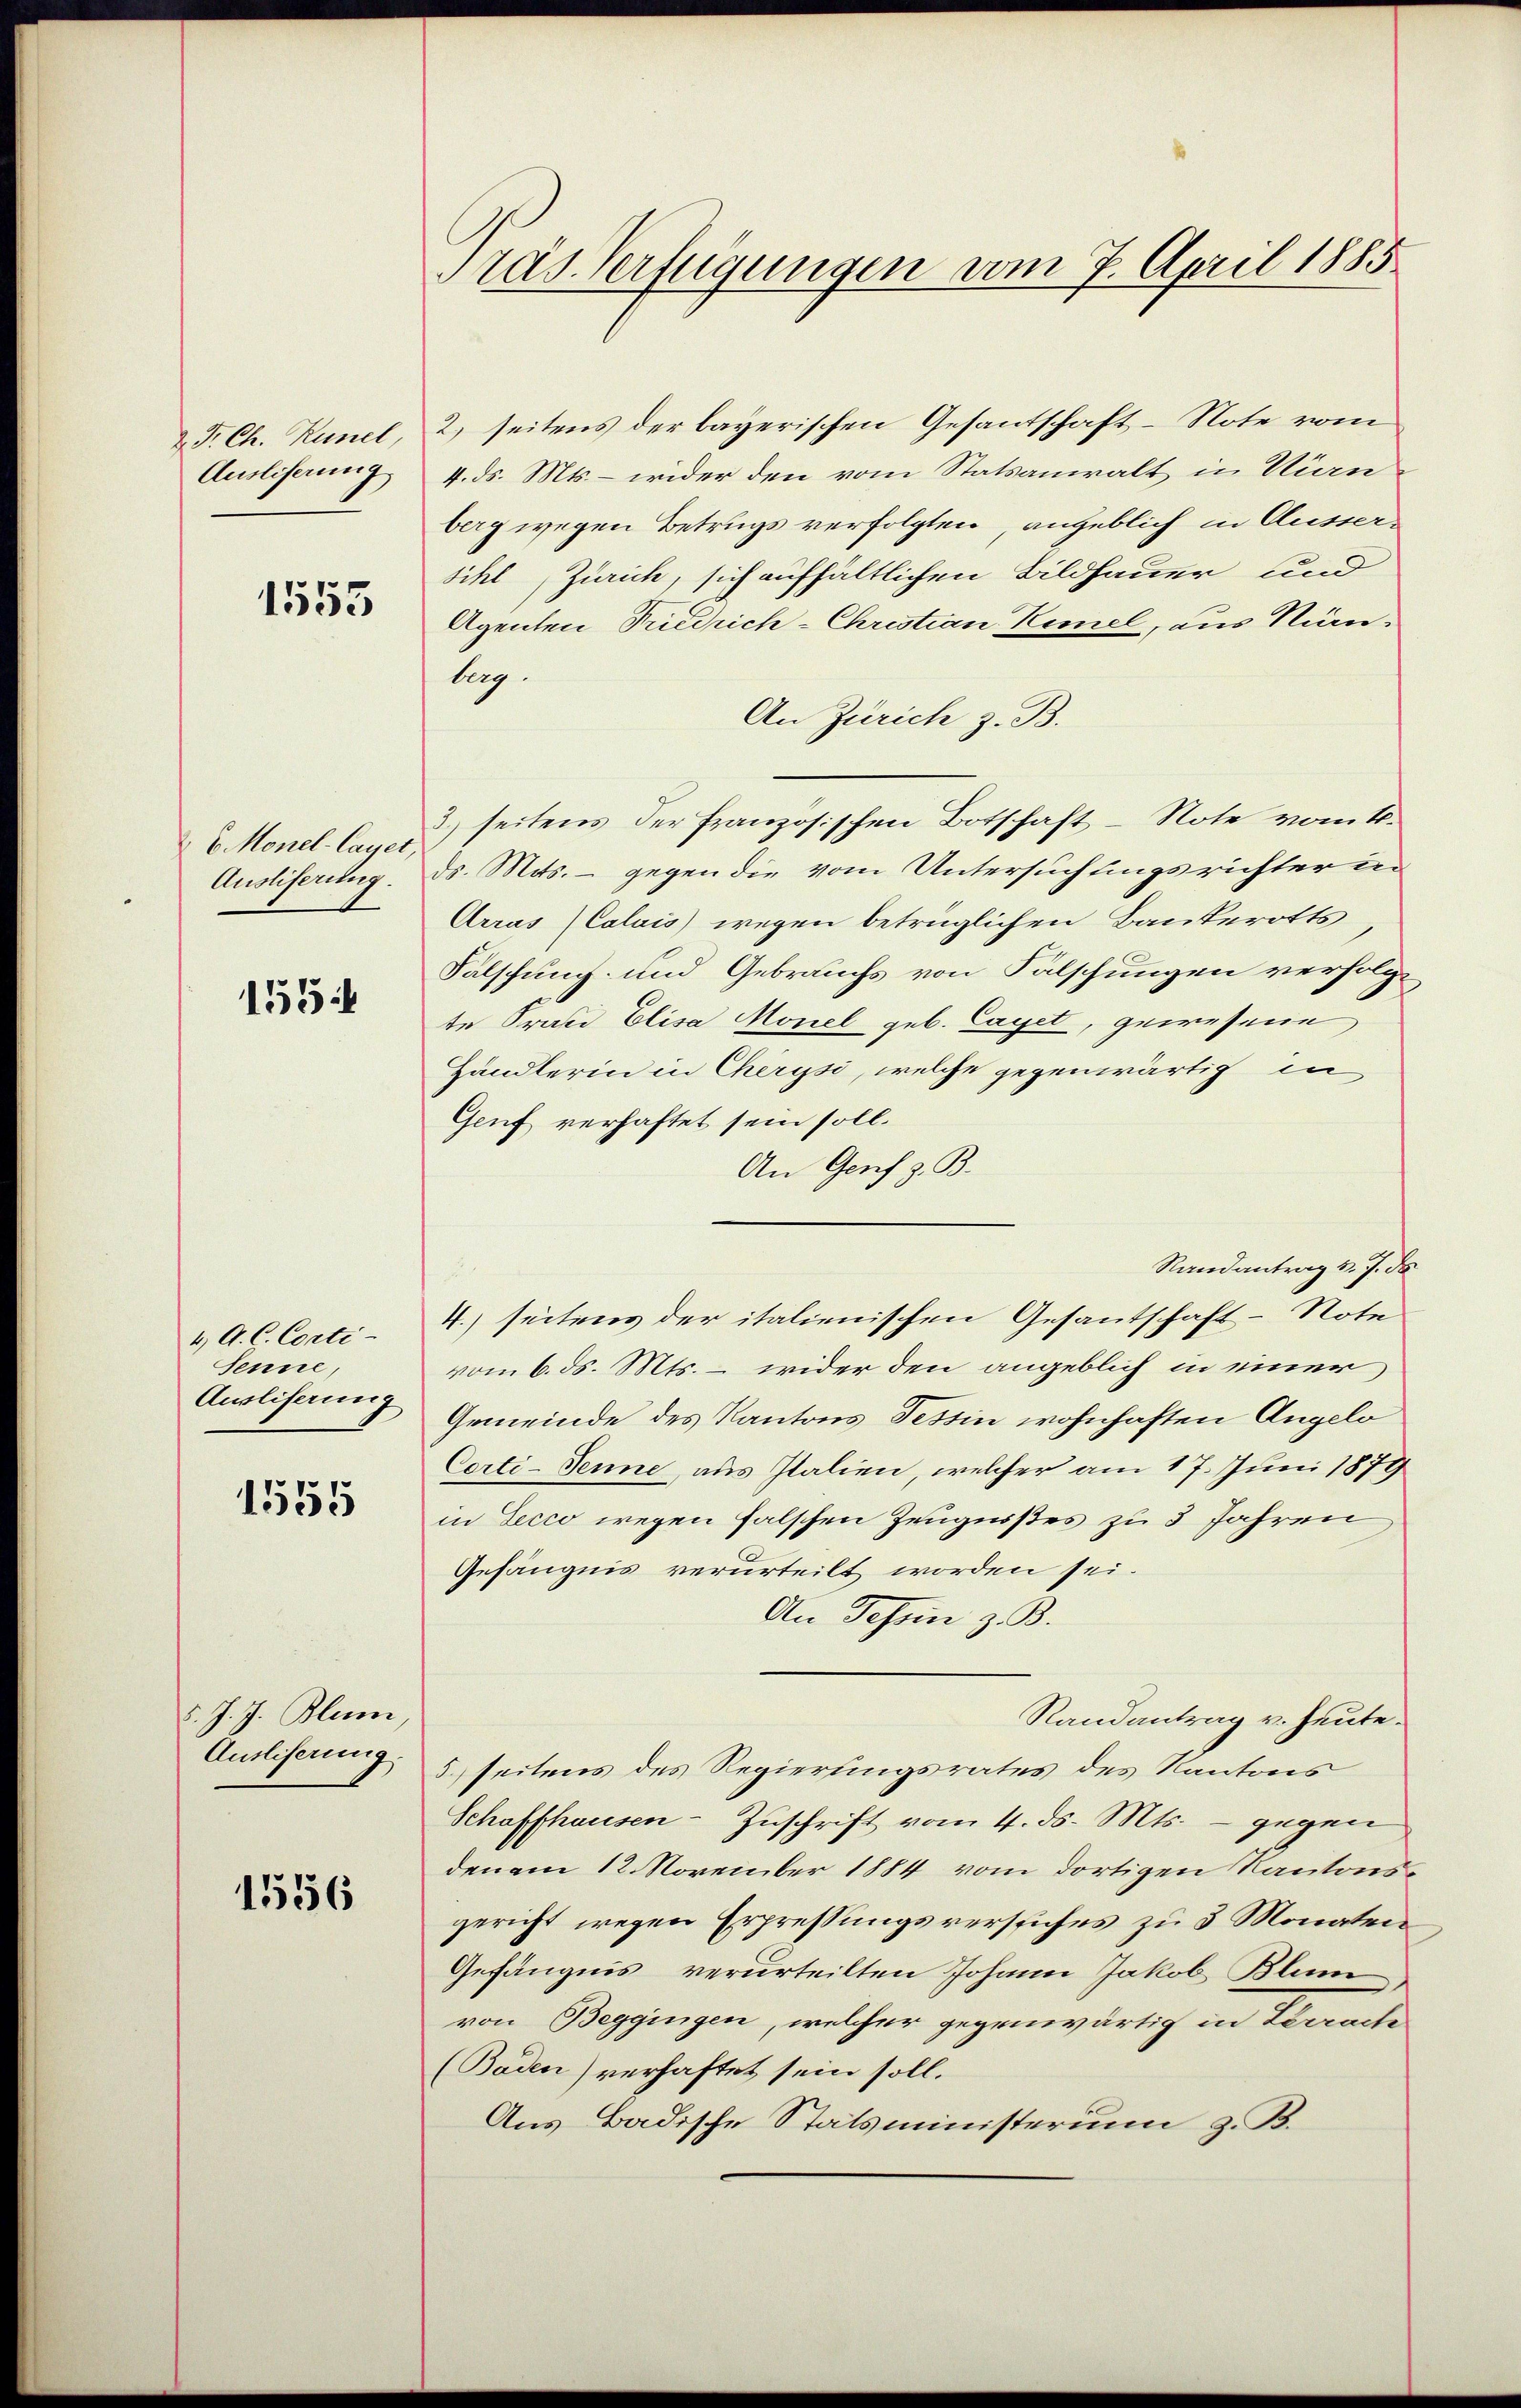
& J. Ch. Künel,
Ausliserung

1553

6 Monel-Cayet,
Ausliserung.

155

4 A. C. Conti-
Senne
Ausliserung

1555

5. J. J. Blum,
Ausliserung.

1556

Pras Verfügungen vom 7. April 1885

2) seitens der bayerischen Gesantschaft-Note vom
4. ds. Mts. – wider den vom Statsanwalt in Ninberg wegen Betrugs verfolgten angeblich in Aussersihl Zürich, sich aufhältlichen Bildhauer und
Agenten Friedrich-Christian Kimel, aus Minbag.
An Zürich z. B.
3) seitens der französischen Botschaft - Note vom 4.
ds. Mits. - gegen die vom Untersuchungsrichter in
Arras (Calais) wegen betrüglichen Bankerotts
Falschung und Gebrauchs von Fälschungen verfolgte Frau Elisa Monel geb. Cajet, gewesene
Händlerin in Cherysi, welche gegenwärtig in
Genf verhaftet sein soll.
An Genf z. B.
Randantrag v. J. de
vom 6. ds. Mts. – wider den angeblich in einer
Gemeinde des Kantons Tessin wohnhaften Angelo
Corti-Tenne, aus Italien, welcher am 17. Juni 1879
in Lecco wegen falschen Zeugnißes zu 3 Jahren
Gefängnis verurteilt worden sei.
An Johan z. B.
Randantrag v. Heute.
5) seitens des Regierungsrates des Kantons
Schaffhausen-Zuschrift vom 4. ds. Mts. - gegen
den am 12. November 1884 vom dortigen Kantonsgericht wegen Erpressungsversuches zu 3 Monaten
Gefängnis verurteilten Johann Jakob Blum
von Beggingen, welcher gegenwärtig in Terrach
(Baden) verhaftet sein soll.
Aus Badische Statsministerium z. B.

4. seitens der italienischen Gesantschaft-Note